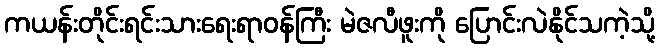
ကယန်းတိုင်းရင်းသားရေးရာဝန်ကြီး မဲဇလီဖူးကို ပြောင်းလဲနိုင်သကဲ့သို့